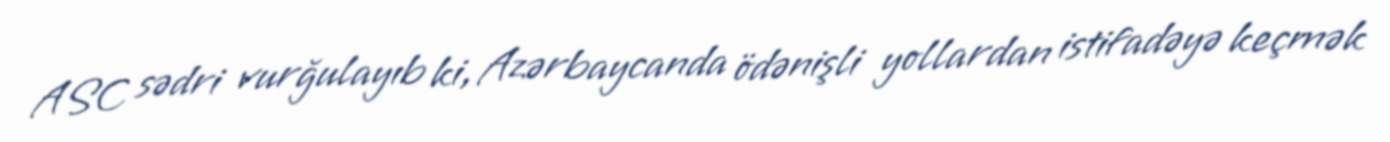
ASC sədri vurğulayıb ki, Azərbaycanda ödənişli yollardan istifadəyə keçmək